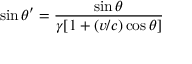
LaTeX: \sin \theta ^ { \prime } = { \frac { \sin \theta } { \gamma [ 1 + ( v / c ) \cos \theta ] } }